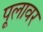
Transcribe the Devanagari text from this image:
पूलावर